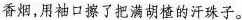
香烟，用袖口擦了把满胡楂的汗珠子。